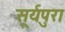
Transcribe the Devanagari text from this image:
सूर्यपुरा